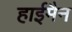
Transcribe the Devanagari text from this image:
हाईमैन